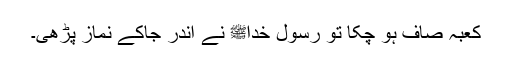
کعبہ صاف ہو چکا تو رسول خداﷺ نے اندر جاکے نماز پڑھی۔